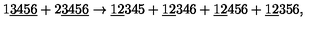
1 \underline { { 3 4 5 6 } } + 2 \underline { { 3 4 5 6 } } \rightarrow \underline { { 1 2 } } 3 4 5 + \underline { { 1 2 } } 3 4 6 + \underline { { 1 2 } } 4 5 6 + \underline { { 1 2 } } 3 5 6 ,